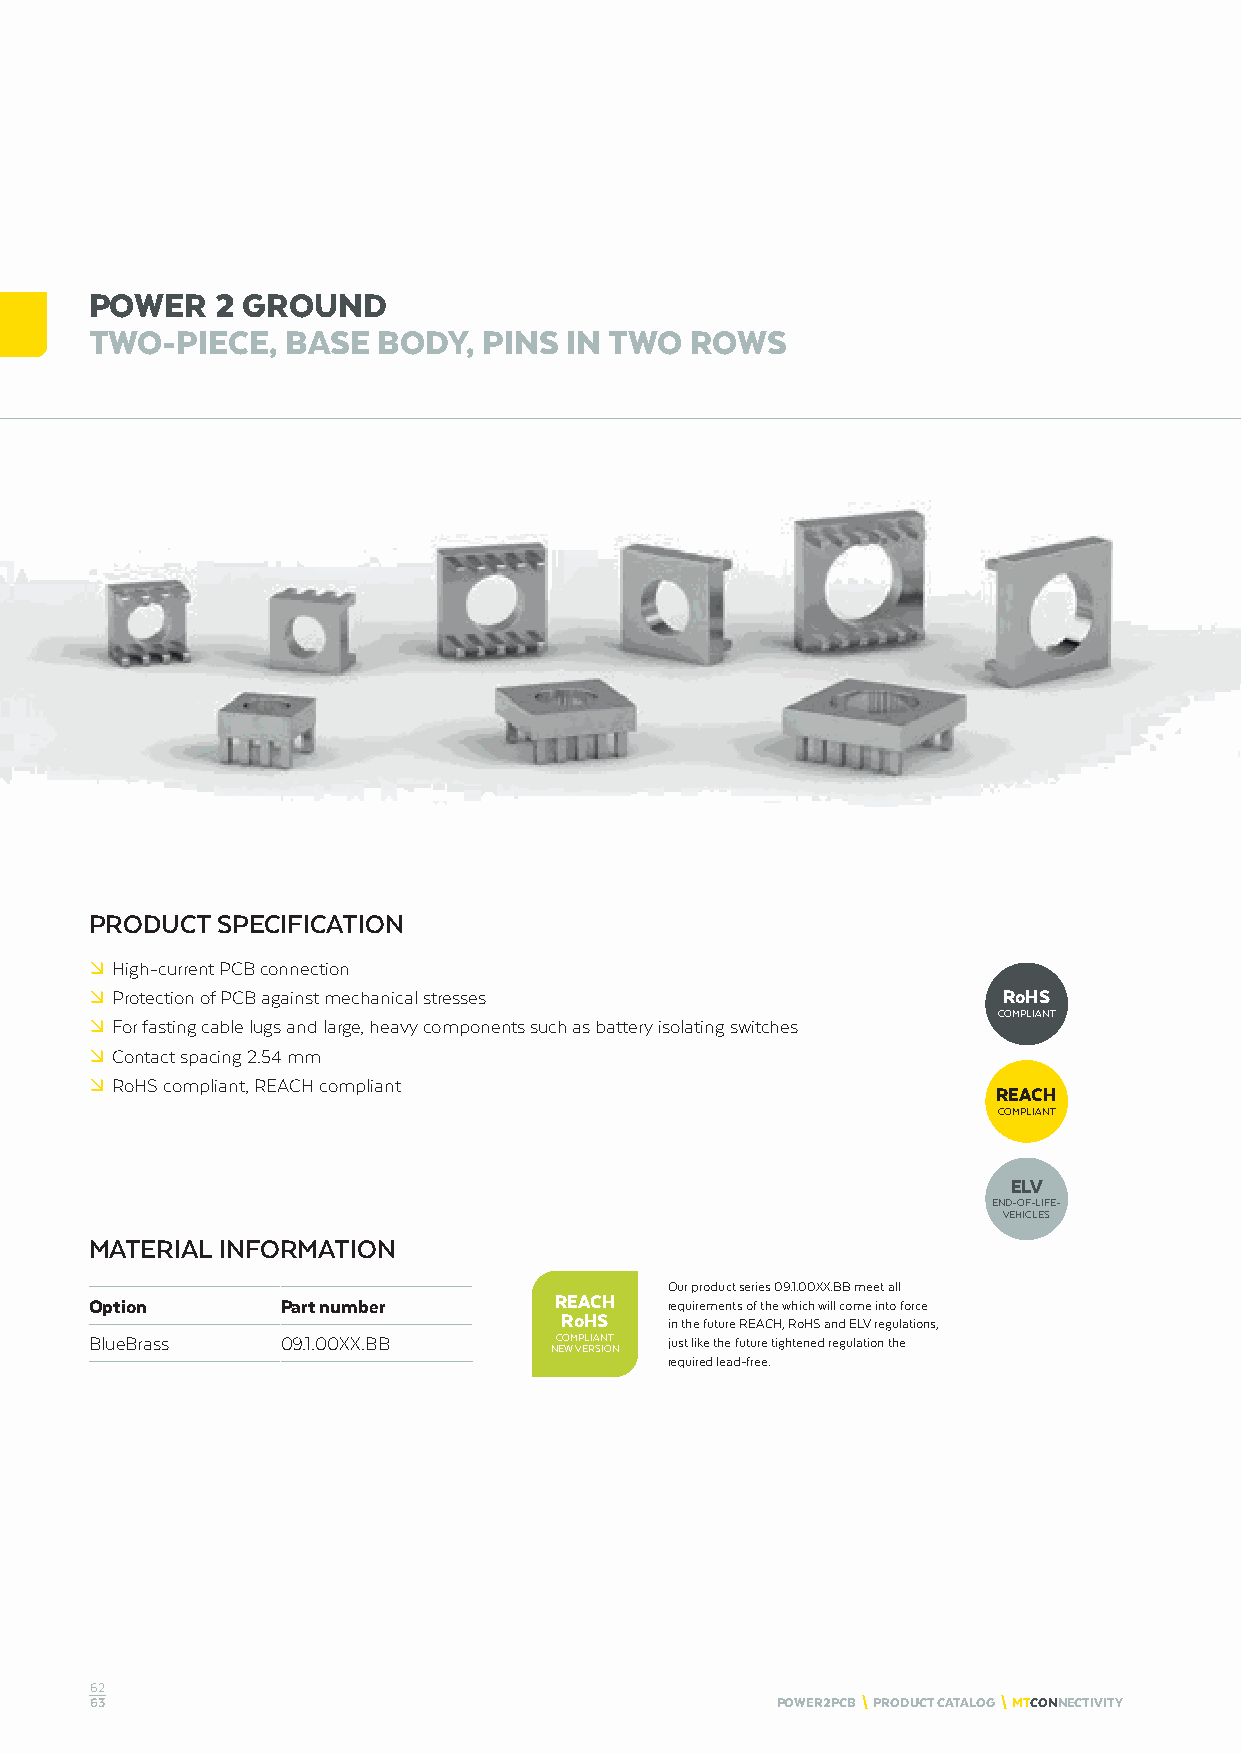
POWER   2 GROUND
 TWO-PIECE,   BASE  BODY,  PINS IN TWO   ROWS
 PRODUCT SPECIFICATION
 º High-current PCB connection
 º Protection of PCB against mechanical stresses             RoHS
 COMPLIANT
 º For fasting cable lugs and large, heavy components such as battery isolating switches
 º Contact spacing 2.54 mm
 º RoHS compliant, REACH compliant
 REACH
 COMPLIANT
 ELV
 END-OF-LIFE-
 VEHICLES
 MATERIAL INFORMATION
 Our product series 09.1.00XX.BB meet all
 Option       Part number       REACH  requirements of the which will come into force
 RoHS
 in the future REACH, RoHS and ELV regulations,
 BlueBrass    09.1.00XX.BB      COMPLIANT just like the future tightened regulation the
 NEW VERSION
 required lead-free.
 62
 63                                           POWER2PCB \ PRODUCT CATALOG \ MTCONNECTIVITY